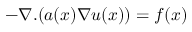
- \nabla . ( a ( x ) \nabla u ( x ) ) = f ( x )